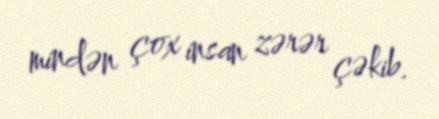
mindən çox insan zərər çəkib.